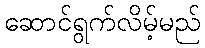
ဆောင်ရွက်လိမ့်မည်